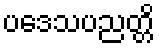
ပဒေသပညတ္တိ